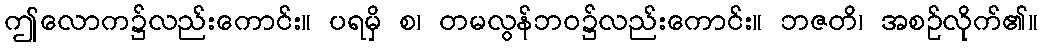
ဤလောက၌လည်းကောင်း။ ပရမှိ စ၊ တမလွန်ဘဝ၌လည်းကောင်း။ ဘဇတိ၊ အစဉ်လိုက်၏။